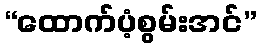
“ထောက်ပံ့စွမ်းအင်”